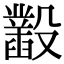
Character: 𣫞